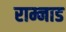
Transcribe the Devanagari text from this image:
राम्नाड